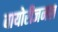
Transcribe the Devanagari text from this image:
बायोरीजनल